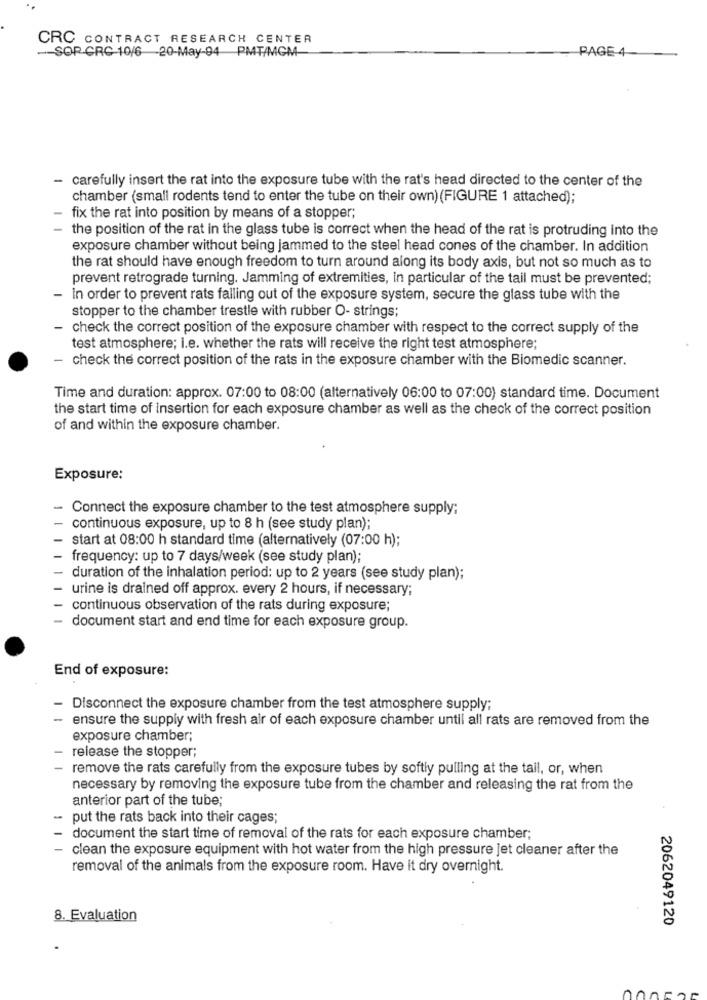
CRC CONTRACT RESEARCH CENTER
-- SOP CRC 10/6 -20-May-94 PMT/MGM
PAGE-4-
- carefully insert the rat into the exposure tube with the rat's head directed to the center of the
chamber (small rodents tend to enter the tube on their own) (FIGURE 1 attached);
fix the rat into position by means of a stopper;
the position of the rat in the glass tube is correct when the head of the rat is protruding into the
exposure chamber without being jammed to the steel head cones of the chamber. In addition
the rat should have enough freedom to turn around along its body axis, but not so much as to
prevent retrograde turning. Jamming of extremities, in particular of the tail must be prevented;
In order to prevent rats falling out of the exposure system, secure the glass tube with the
stopper to the chamber trestle with rubber O- strings;
- check the correct position of the exposure chamber with respect to the correct supply of the
test atmosphere; i.e. whether the rats will receive the right test atmosphere;
- check the correct position of the rats in the exposure chamber with the Biomedic scanner.
Time and duration: approx. 07:00 to 08:00 (alternatively 06:00 to 07:00) standard time. Document
the start time of insertion for each exposure chamber as well as the check of the correct position
of and within the exposure chamber.
Exposure:
- Connect the exposure chamber to the test atmosphere supply;
continuous exposure, up to 8 h (see study plan);
start at 08:00 h standard time (alternatively (07:00 h);
frequency: up to 7 days/week (see study plan);
duration of the inhalation period: up to 2 years (see study plan);
urine is drained off approx. every 2 hours, if necessary;
continuous observation of the rats during exposure;
document start and end time for each exposure group.
End of exposure:
- Disconnect the exposure chamber from the test atmosphere supply;
ensure the supply with fresh air of each exposure chamber until all rats are removed from the
exposure chamber;
release the stopper;
remove the rats carefully from the exposure tubes by softly pulling at the tail, or, when
necessary by removing the exposure tube from the chamber and releasing the rat from the
anterior part of the tube;
put the rats back into their cages;
document the start time of removal of the rats for each exposure chamber;
clean the exposure equipment with hot water from the high pressure jet cleaner after the
removal of the animals from the exposure room. Have it dry overnight.
8. Evaluation
2062049120